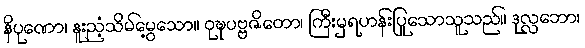
နိပုဏော၊ နူးညံ့သိမ်မွေ့သော။ ဝုဍ္ဎပဗ္ဗဇိတော၊ ကြီးမှရဟန်းပြုသောသူသည်။ ဒုလ္လဘော၊